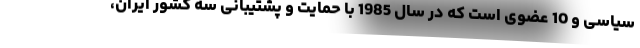
سیاسی و 10 عضوی است که در سال 1985 با حمایت و پشتیبانی سه کشور ایران،